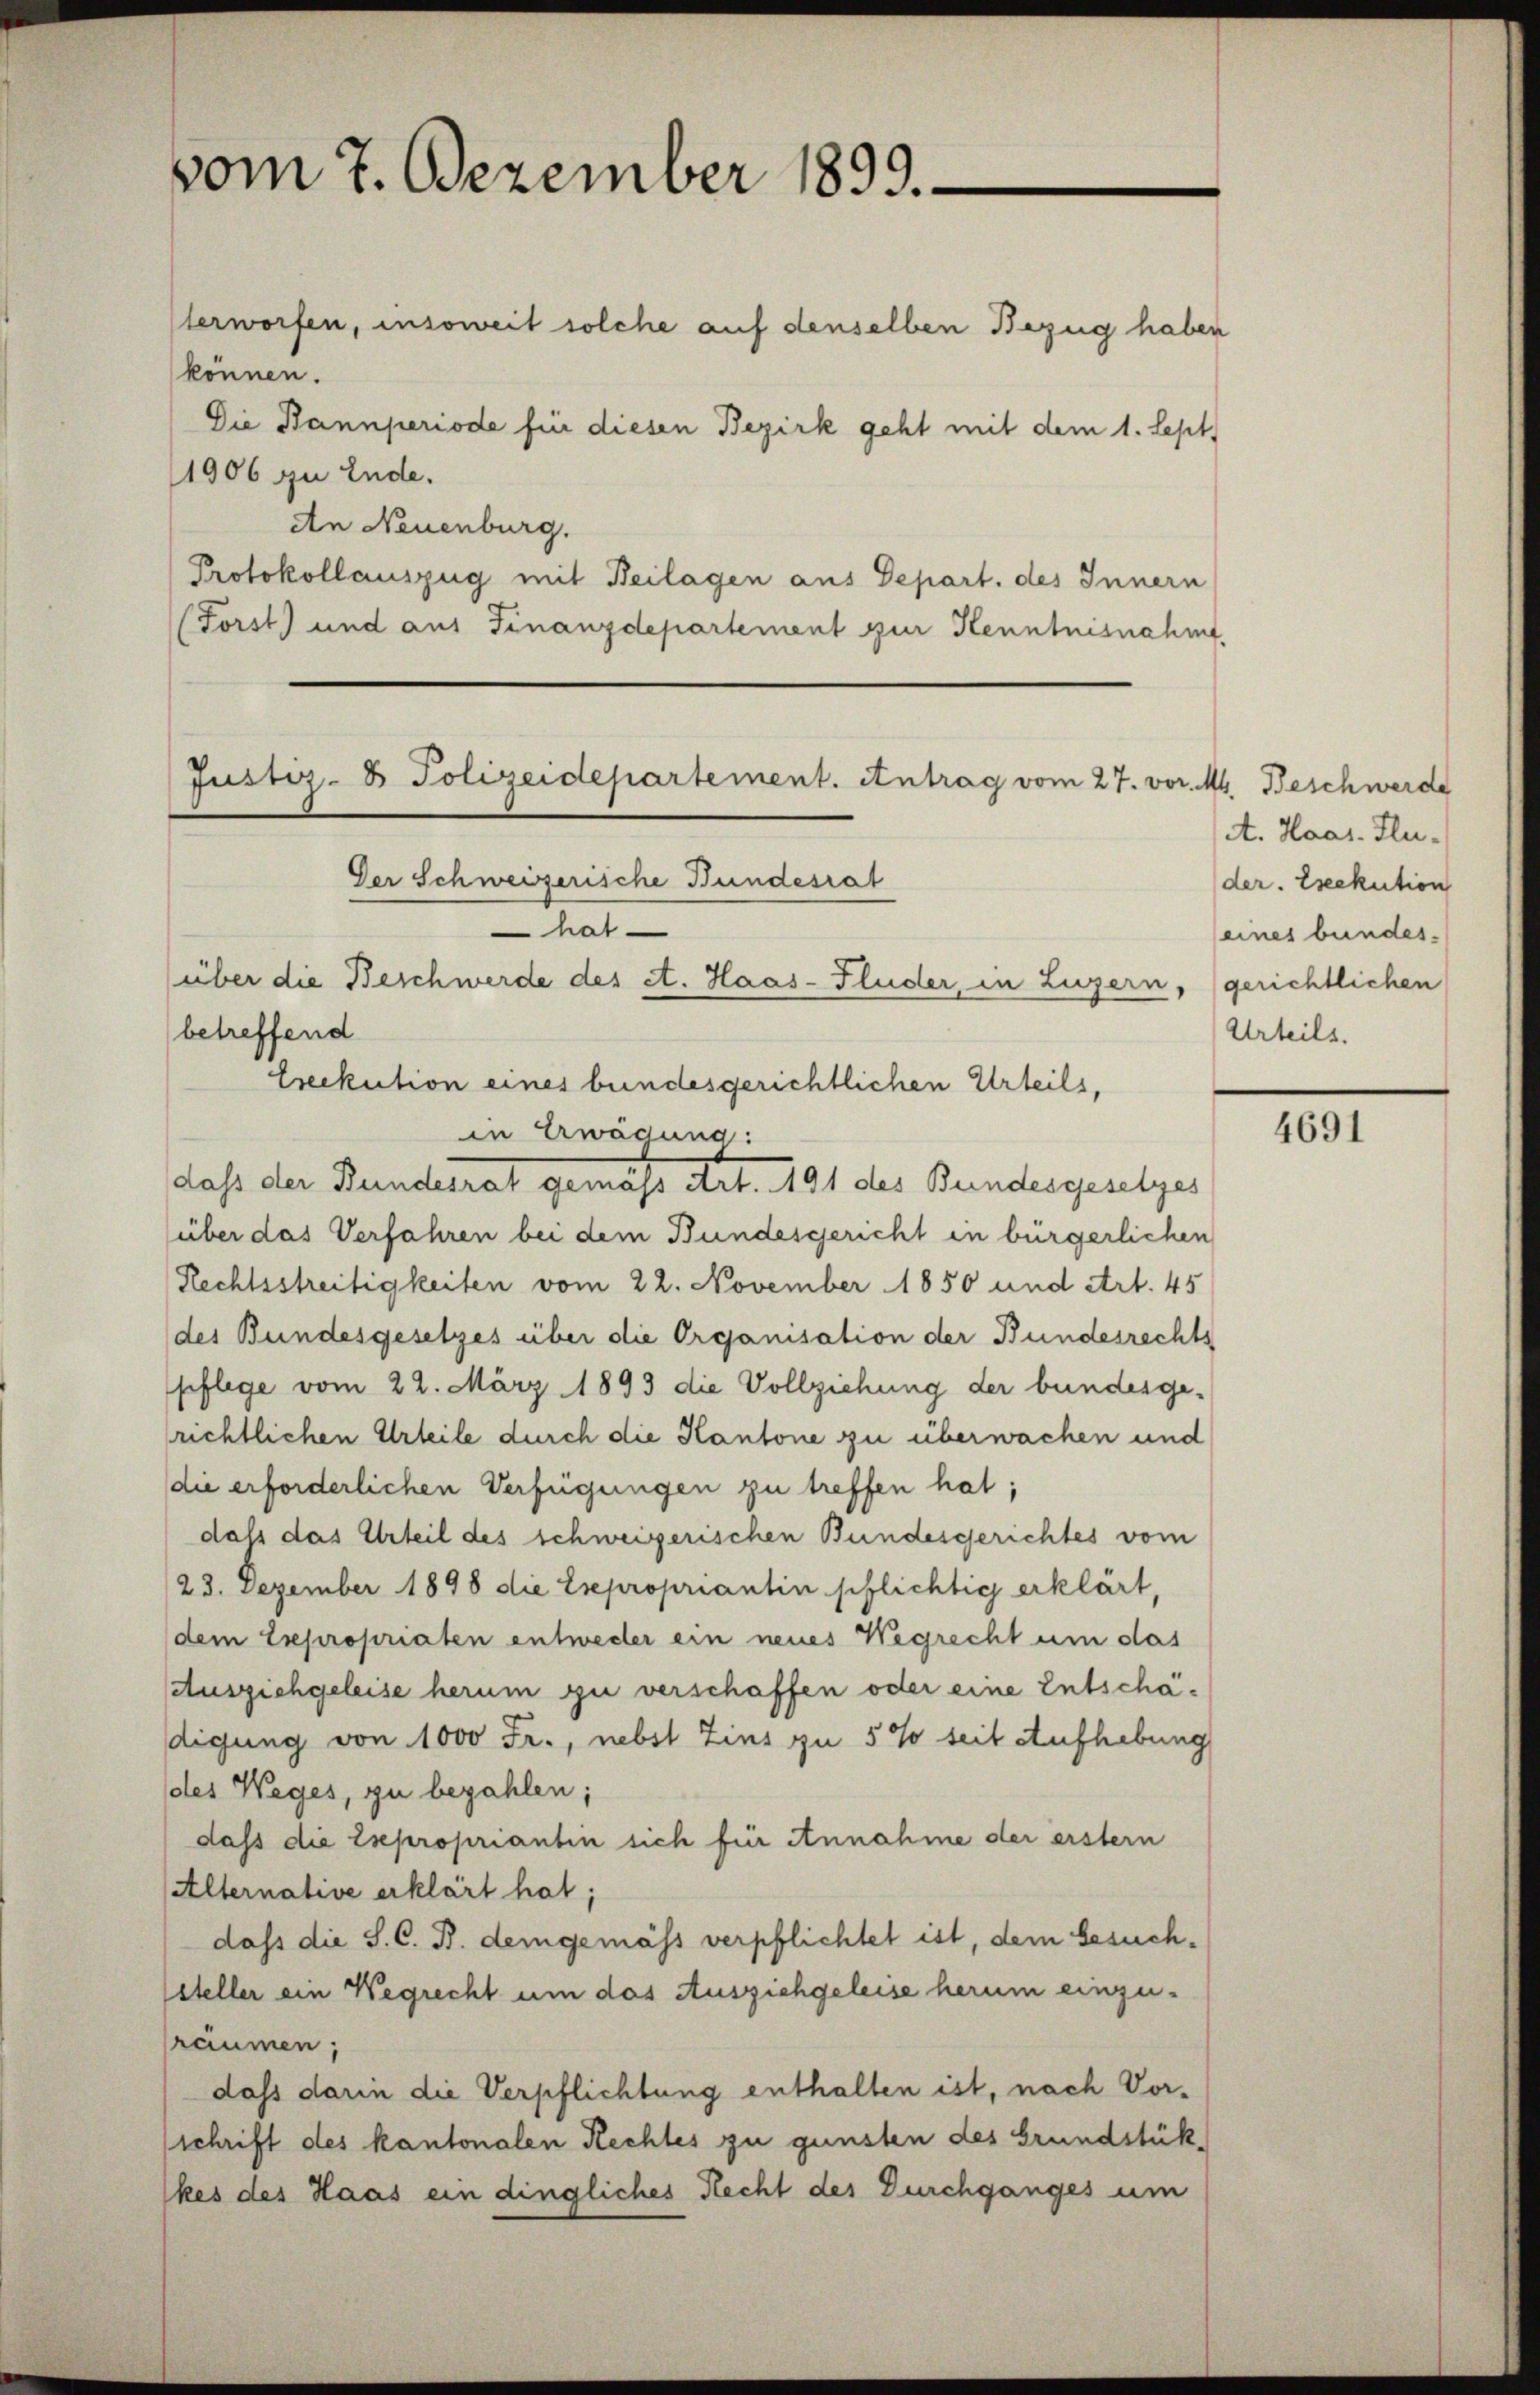
vom 7. Dezember 1899.

Iterworfen, insoweit solche auf denselben Bezug haben
können.
Die Bannperiode für diesen Bezirk geht mit dem 1. Sept.
1906 zu Ende.
An Neuenburg.
Protokollauszug mit Beilagen aus Depart. des Innern
(Forst) und aus Finanzdepartement zur Kenntnisnahmt.

Der Schweizerische Bundesrat
hat
(über die Beschwerde des et. Haas-Fluder, in Luzern, (gerichtlichen
betreffend
treckution eines bundesgerichtlichen Urteils,
in Erwägung:
daß der Bundesrat gemäß Art. 191 des Bundesgesetzes
über das Verfahren bei dem Bundesgericht in bürgerlichen
Rechtsstreitigkeiten vom 22. November 1850 und Art. 45
(des Bundesgesetzes über die Organisation der Bundesrechts
pflege vom 22. März 1893 die Vollziehung der bundesgerichtlichen Urteile durch die Kantone zu überwachen und
die erforderlichen Verfügungen zu treffen hat;
daß das Urteil des schweizerischen Bundesgerichtes vom
23. Dezember 1898 die Esepropriantin schlichtig erklärt,
dem Expropriaten entweder ein neues Wegrecht um das
Aussichgeleise herum zu verschaffen oder eine Entschädigung von 1000 Fr., nebst Zins zu 5 % seit Aufhebung
des Weges, zu bezahlen;
dass die Expropriantin sich für Annahme der erster
Alternative erklärt hat;
dass die S. C. B. demgemäss verpflichtet ist, dem besuch¬
Seteller ein Wegrecht um das Ausziehgeleise herum einzuraumen;
dass darin die Verpflichtung enthalten ist, nach Vorschrift des kantonalen Rechtes zu gunsten des Grundstükkes des Haas ein dingliches Recht des Durchganges um

Justiz- & Polizeidepartement. Antrag vom 27. vor. M. Beschwerde

A. Haas. Fluder. Exekution
(eines bundes-
Urteils.

4691